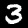
Digit: 3